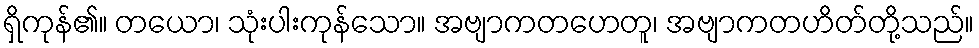
ရှိကုန်၏။ တယော၊ သုံးပါးကုန်သော။ အဗျာကတဟေတူ၊ အဗျာကတဟိတ်တို့သည်။